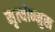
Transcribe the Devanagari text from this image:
नृत्योन्मुख